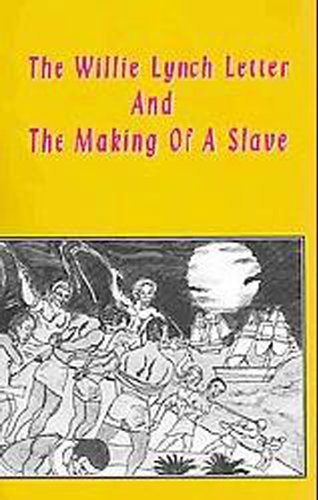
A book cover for The Willie Lynch Letter And The Making of A Slave; Politics & Social Sciences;